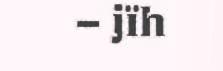
– jïh